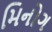
મિનોગ